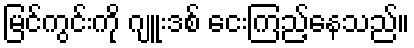
မြင်ကွင်းကို ဂျူးဒစ် ငေးကြည့်နေသည်။